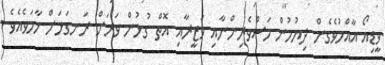
ވީޑިއޯ އާއްމުވެގެން ދިޔުމުން މަސްވެރިންނާއި ވަޒީރާއި އޮތް ގުޅުން ވަރަށް ރަނގަޅަށް ހާމަވެއެވެ.